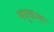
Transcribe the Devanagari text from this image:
मधुकरूः